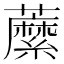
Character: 䕷